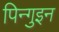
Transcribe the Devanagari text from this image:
पिन्गुइन